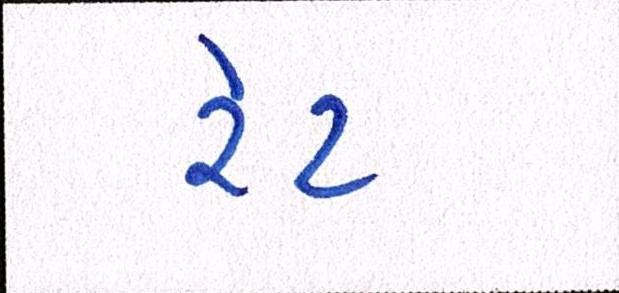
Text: રેટ